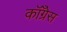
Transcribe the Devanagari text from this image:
कॉँंग्रेस